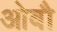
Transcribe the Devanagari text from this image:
ओबौ